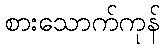
စားသောက်ကုန်